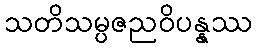
သတိသမ္ပဇညဝိပန္နဿ